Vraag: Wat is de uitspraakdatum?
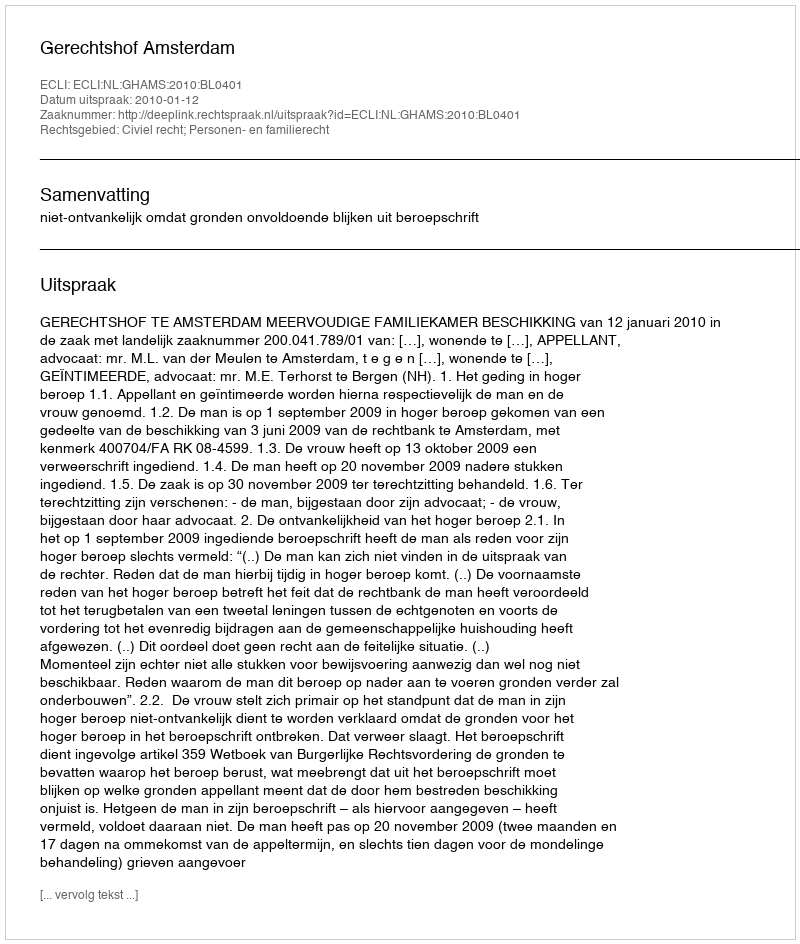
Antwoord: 2010-01-12